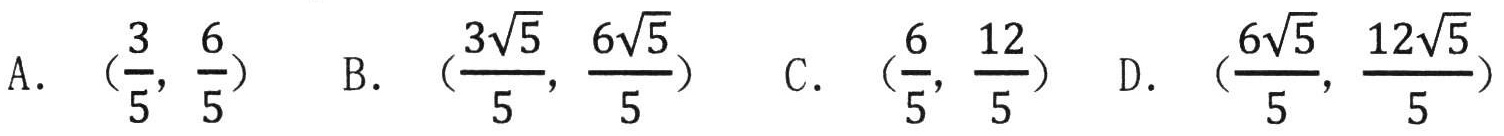
A. \((\frac{3}{5}, \frac{6}{5})\)  B. \((\frac{3\sqrt{5}}{5}, \frac{6\sqrt{5}}{5})\)  C. \((\frac{6}{5}, \frac{12}{5})\)  D. \((\frac{6\sqrt{5}}{5}, \frac{12\sqrt{5}}{5})\)